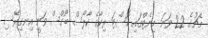
މެޗުގެ 22 ވަނަ މިނެޓްގައި ކޮސްޓަ ރިކާގެ ކާލޯސް ބޯގްސް ވަނީ އިނގިރޭސި